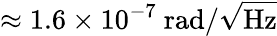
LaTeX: \approx 1.6\times 10^{-7}~\mathrm{{rad}/\sqrt{Hz}}